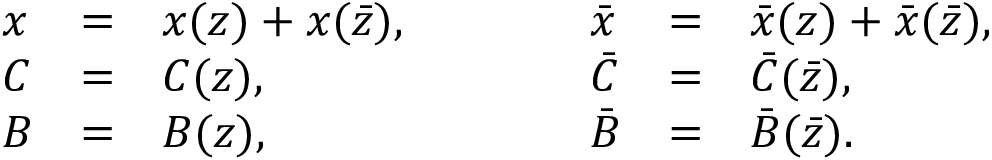
\begin{array} { l c l c l c l } { { x } } & { { = } } & { { x ( z ) + x ( \bar { z } ) , } } & { { \qquad } } & { { \bar { x } } } & { { = } } & { { \bar { x } ( z ) + \bar { x } ( \bar { z } ) , } } \\ { { C } } & { { = } } & { { C ( z ) , } } & { { \qquad } } & { { \bar { C } } } & { { = } } & { { \bar { C } ( \bar { z } ) , } } \\ { { B } } & { { = } } & { { B ( z ) , } } & { { \qquad } } & { { \bar { B } } } & { { = } } & { { \bar { B } ( \bar { z } ) . } } \end{array}